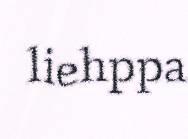
liehppa